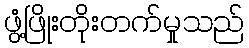
ဖွံ့ဖြိုးတိုးတက်မှုသည်